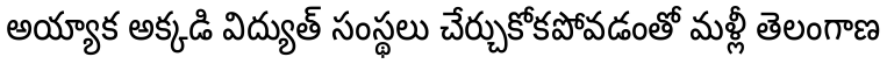
అయ్యాక అక్కడి విద్యుత్ సంస్థలు చేర్చుకోకపోవడంతో మళ్లీ తెలంగాణ